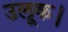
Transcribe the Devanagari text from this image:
उलूक।